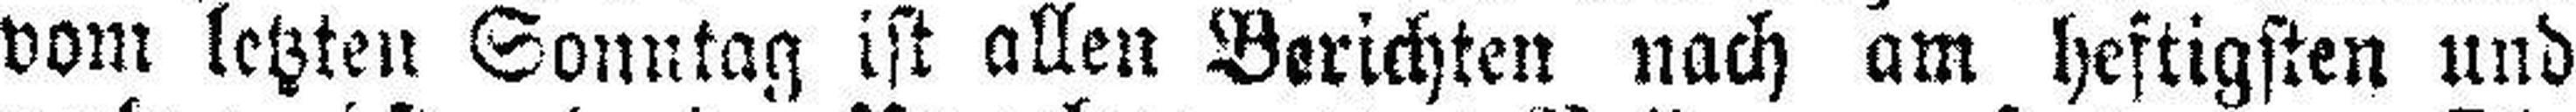
vom letzten Sonntag ist allen Berichten nach am heftigsten und